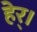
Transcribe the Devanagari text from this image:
हेर्।